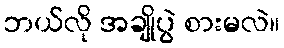
ဘယ်လို အချိုပွဲ စားမလဲ။